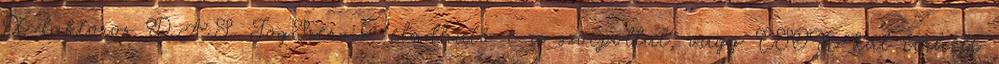
X-faktoros D.A.S. JogSzerviz: eladható-e a szocpollal, vagy CSOK-kal terhelt